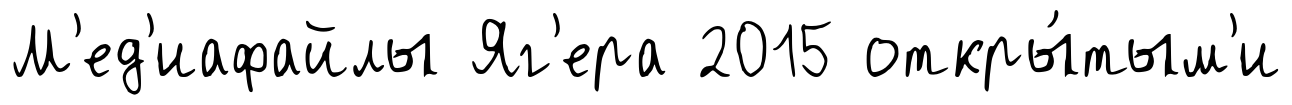
М'ед'иафайлы Яг'ера 2015 откры́тым'и